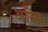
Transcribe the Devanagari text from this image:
अस्सि